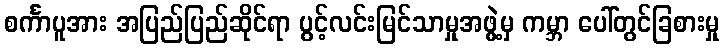
စင်္ကာပူအား အပြည်ပြည်ဆိုင်ရာ ပွင့်လင်းမြင်သာမှုအဖွဲ့မှ ကမ္ဘာ ပေါ်တွင်ခြစားမှု